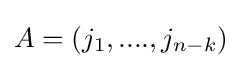
A=(j_{1},....,j_{n-k})